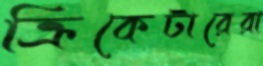
ক্রিকেটারেরা